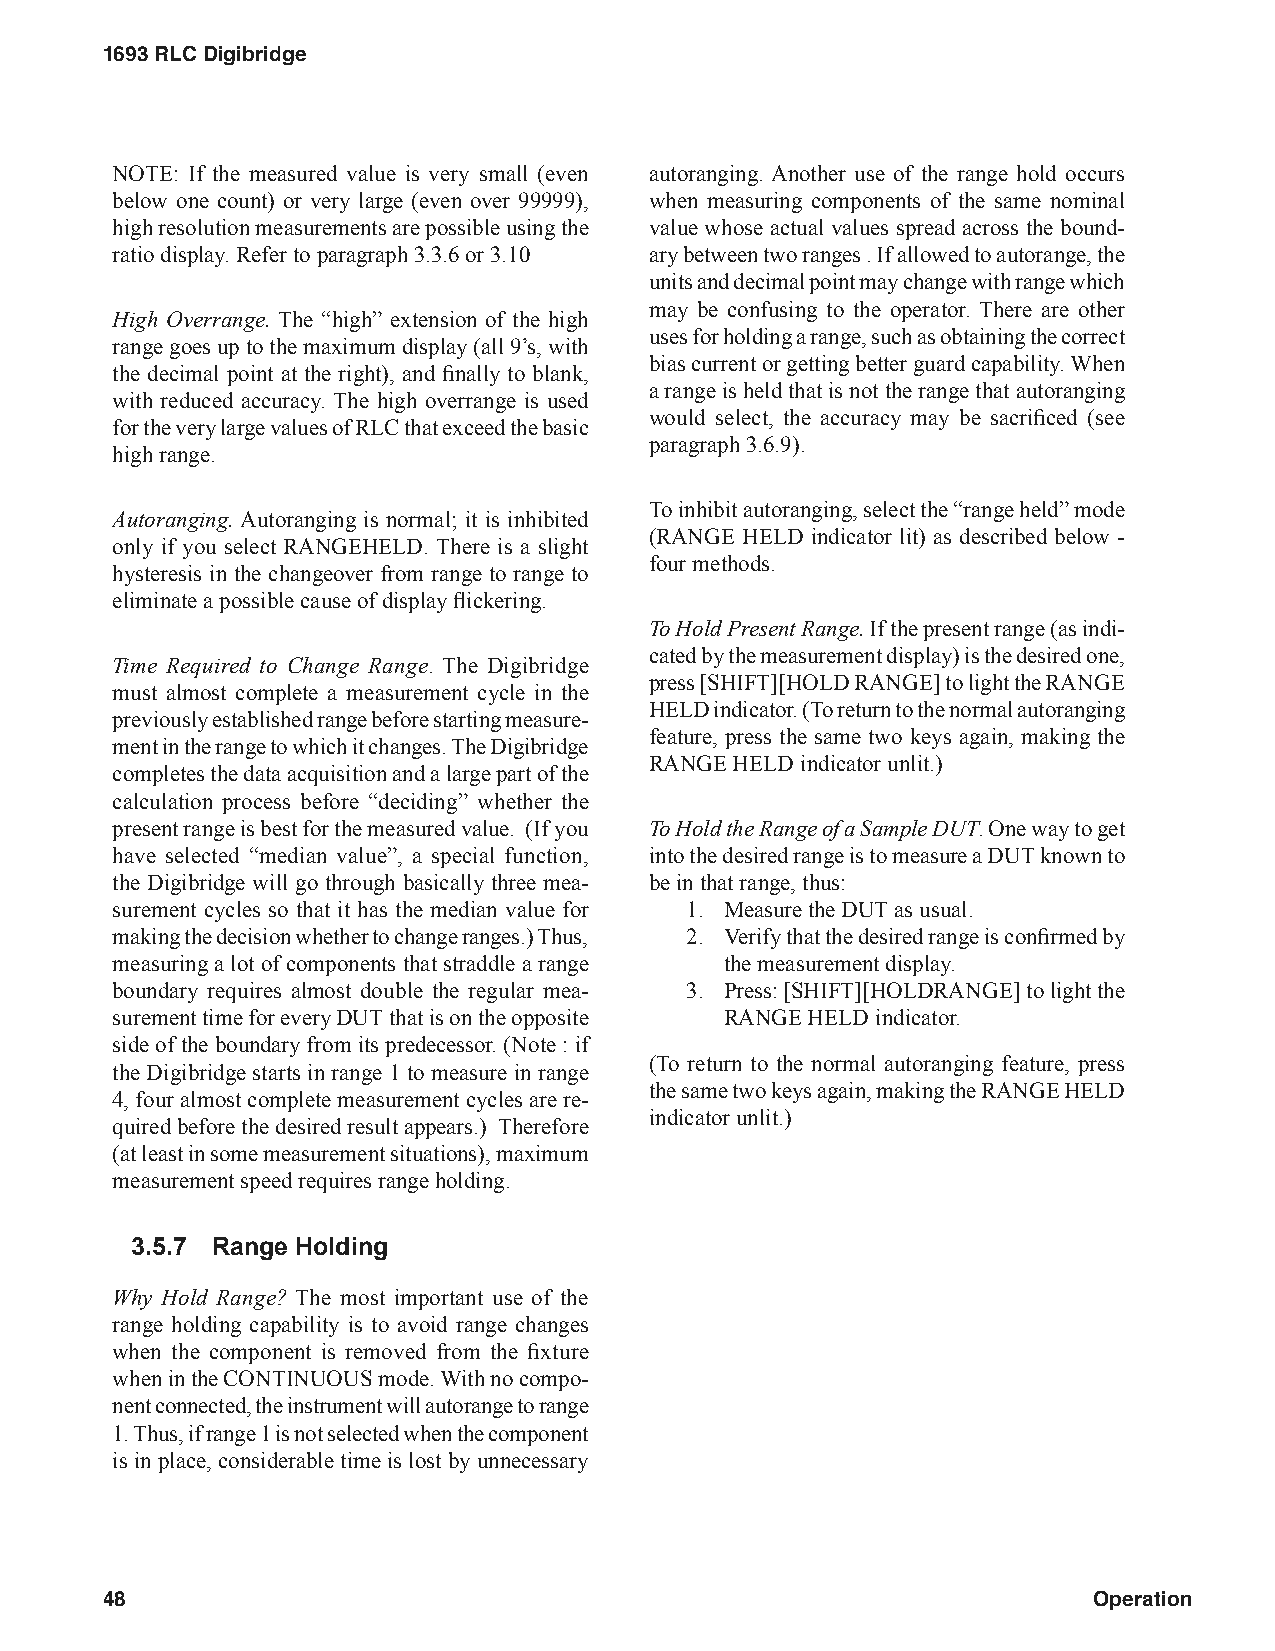
1693 RLC Digibridge
 NOTE: If the measured value is very small (even autoranging. Another use of the range hold occurs
 below one count) or very large (even over 99999), when measuring components of the same nominal
 high resolution measurements are possible using the value whose actual values spread across the bound-
 ratio display. Refer to paragraph 3.3.6 or 3.10 ary between two ranges . If allowed to autorange, the
 units and decimal point may change with range which
 may be confusing to the operator. There are other
 High Overrange. The “high” extension of the high
 uses for holding a range, such as obtaining the correct
 range goes up to the maximum display (all 9’s, with
 bias current or getting better guard capability. When
 the decimal point at the right), and finally to blank,
 a range is held that is not the range that autoranging
 with reduced accuracy. The high overrange is used
 would select, the accuracy may be sacrificed (see
 for the very large values of RLC that exceed the basic
 paragraph 3.6.9).
 high range.
 To inhibit autoranging, select the “range held” mode
 Autoranging. Autoranging is normal; it is inhibited
 (RANGE HELD indicator lit) as described below -
 only if you select RANGEHELD. There is a slight
 four methods.
 hysteresis in the changeover from range to range to
 eliminate a possible cause of display flickering.
 To Hold Present Range. If the present range (as indi-
 cated by the measurement display) is the desired one,
 Time Required to Change Range. The Digibridge
 press [SHIFT][HOLD RANGE] to light the RANGE
 must almost complete a measurement cycle in the
 HELD indicator. (To return to the normal autoranging
 previously established range before starting measure-
 feature, press the same two keys again, making the
 ment in the range to which it changes. The Digibridge
 RANGE HELD indicator unlit.)
 completes the data acquisition and a large part of the
 calculation process before “deciding” whether the
 present range is best for the measured value. (If you To Hold the Range of a Sample DUT. One way to get
 have selected “median value”, a special function, into the desired range is to measure a DUT known to
 the Digibridge will go through basically three mea- be in that range, thus:
 surement cycles so that it has the median value for 1. Measure the DUT as usual.
 making the decision whether to change ranges.) Thus, 2. Verify that the desired range is confirmed by
 measuring a lot of components that straddle a range the measurement display.
 boundary requires almost double the regular mea- 3. Press: [SHIFT][HOLDRANGE] to light the
 surement time for every DUT that is on the opposite RANGE HELD indicator.
 side of the boundary from its predecessor. (Note : if
 (To return to the normal autoranging feature, press
 the Digibridge starts in range 1 to measure in range
 the same two keys again, making the RANGE HELD
 4, four almost complete measurement cycles are re-
 indicator unlit.)
 quired before the desired result appears.) Therefore
 (at least in some measurement situations), maximum
 measurement speed requires range holding.
 3.5.7 Range Holding
 Why Hold Range? The most important use of the
 range holding capability is to avoid range changes
 when the component is removed from the fixture
 when in the CONTINUOUS mode. With no compo-
 nent connected, the instrument will autorange to range
 1. Thus, if range 1 is not selected when the component
 is in place, considerable time is lost by unnecessary
 48                                                               Operation